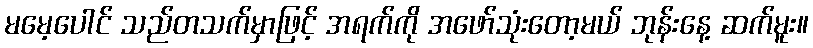
မမေ့ပေါင် သည်တသက်မှာဖြင့် အရက်ကို အဖော်သုံးတော့မယ် ဘုန်းနေ့ ဆက်မူး။